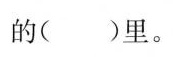
的( )里。